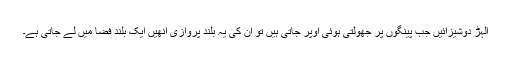
الہڑ دوشیزائیں جب پینگوں پر جھولتی ہوئی اوپر جاتی ہیں تو ان کی یہ بلند پروازی انھیں ایک بلند فضا میں لے جاتی ہے۔